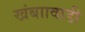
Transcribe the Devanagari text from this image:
खंबाावाडी